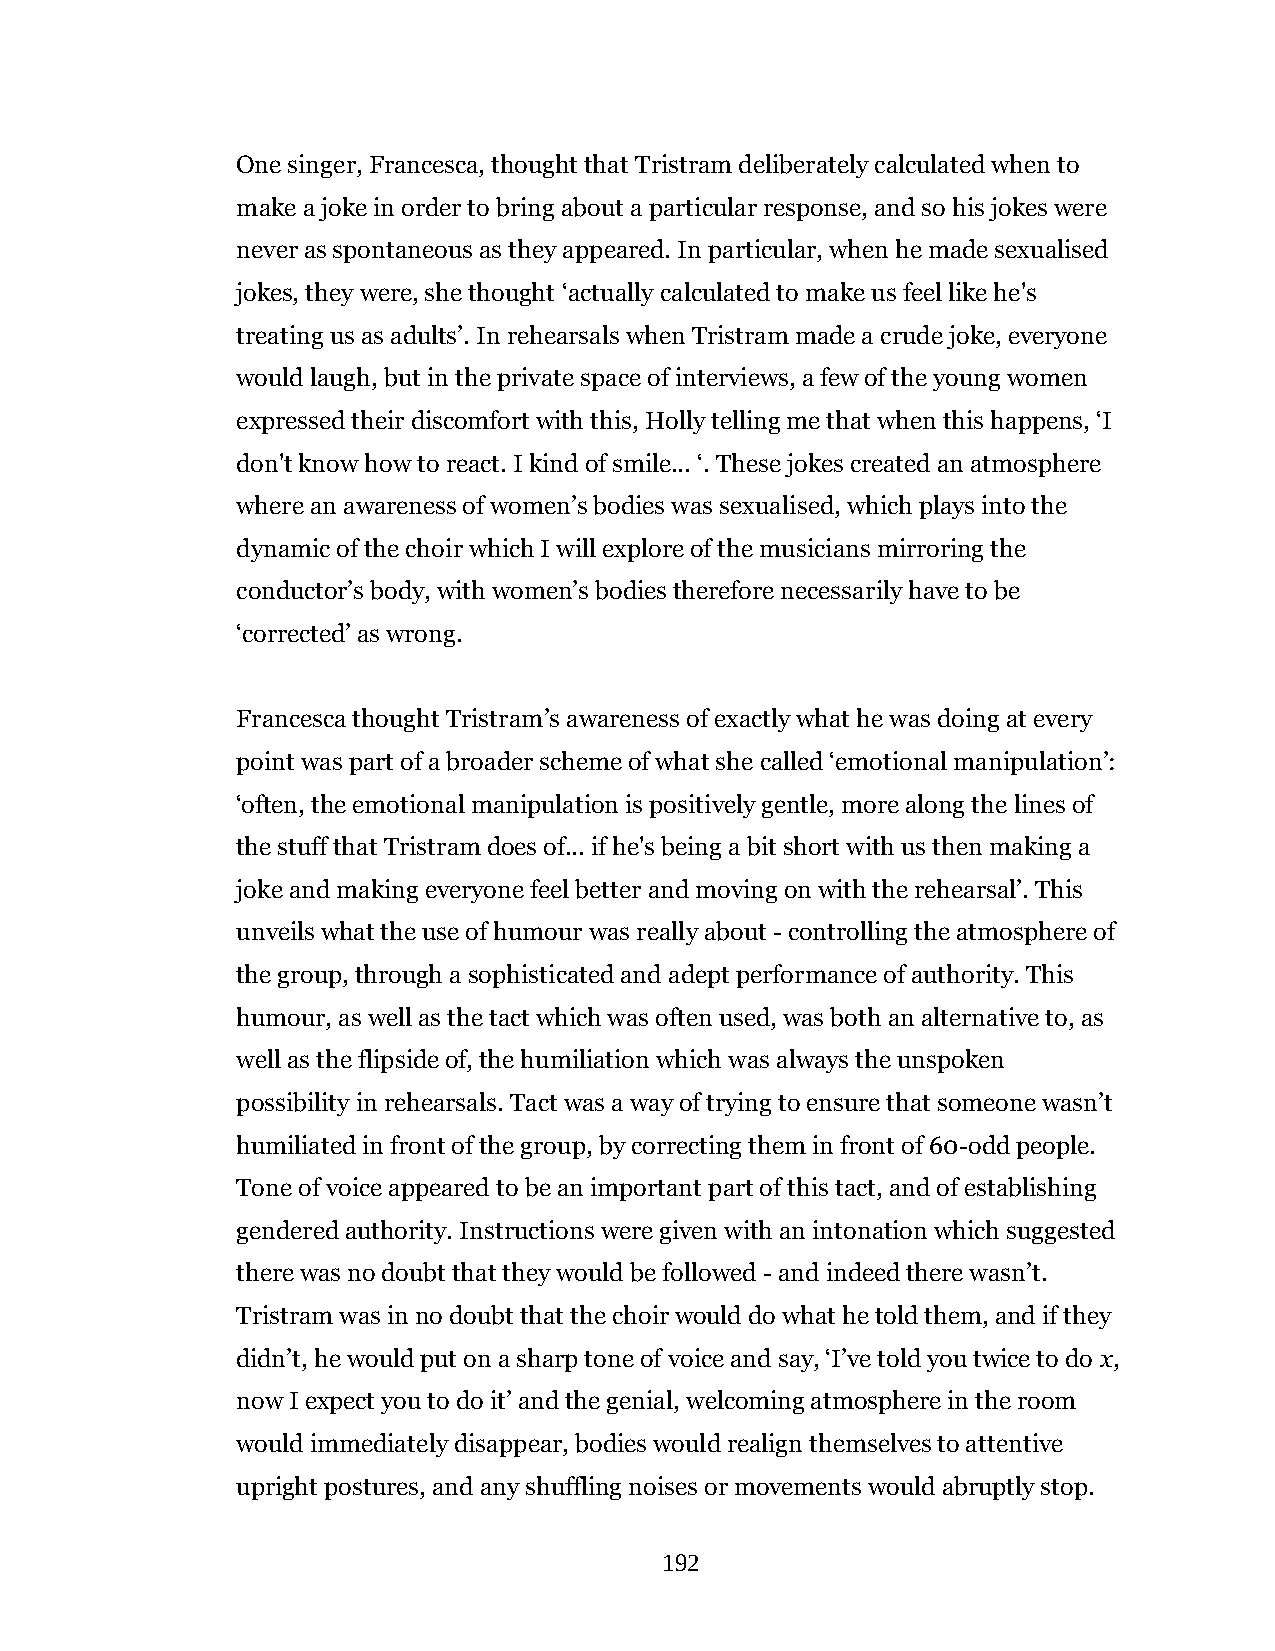
One singer, Francesca, thought that Tristram deliberately calculated when to
 make a joke in order to bring about a particular response, and so his jokes were
 never as spontaneous as they appeared. In particular, when he made sexualised
 jokes, they were, she thought ‘actually calculated to make us feel like he's
 treating us as adults’. In rehearsals when Tristram made a crude joke, everyone
 would laugh, but in the private space of interviews, a few of the young women
 expressed their discomfort with this, Holly telling me that when this happens, ‘I
 don't know how to react. I kind of smile... ‘. These jokes created an atmosphere
 where an awareness of women’s bodies was sexualised, which plays into the
 dynamic of the choir which I will explore of the musicians mirroring the
 conductor’s body, with women’s bodies therefore necessarily have to be
 ‘corrected’ as wrong.
 Francesca thought Tristram’s awareness of exactly what he was doing at every
 point was part of a broader scheme of what she called ‘emotional manipulation’:
 ‘often, the emotional manipulation is positively gentle, more along the lines of
 the stuff that Tristram does of... if he's being a bit short with us then making a
 joke and making everyone feel better and moving on with the rehearsal’. This
 unveils what the use of humour was really about - controlling the atmosphere of
 the group, through a sophisticated and adept performance of authority. This
 humour, as well as the tact which was often used, was both an alternative to, as
 well as the flipside of, the humiliation which was always the unspoken
 possibility in rehearsals. Tact was a way of trying to ensure that someone wasn’t
 humiliated in front of the group, by correcting them in front of 60-odd people.
 Tone of voice appeared to be an important part of this tact, and of establishing
 gendered authority. Instructions were given with an intonation which suggested
 there was no doubt that they would be followed - and indeed there wasn’t.
 Tristram was in no doubt that the choir would do what he told them, and if they
 didn’t, he would put on a sharp tone of voice and say, ‘I’ve told you twice to do x,
 now I expect you to do it’ and the genial, welcoming atmosphere in the room
 would immediately disappear, bodies would realign themselves to attentive
 upright postures, and any shuffling noises or movements would abruptly stop.
 192